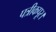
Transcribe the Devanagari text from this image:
पत्रीकपूर।